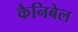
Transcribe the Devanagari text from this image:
कैनिबेल